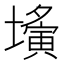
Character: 𡒕